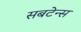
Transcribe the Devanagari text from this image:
सबटेन्स